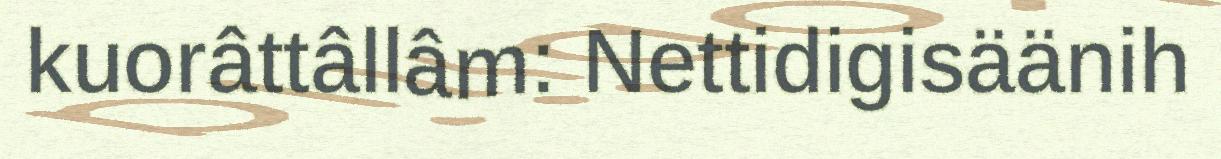
kuorâttâllâm: Nettidigisäänih